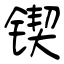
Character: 锲